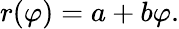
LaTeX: r(\varphi)=a+b\varphi.